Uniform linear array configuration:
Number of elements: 32
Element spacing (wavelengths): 0.75
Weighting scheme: hamming
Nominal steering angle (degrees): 45
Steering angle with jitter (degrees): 46.451
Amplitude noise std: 0.05
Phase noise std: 0.05

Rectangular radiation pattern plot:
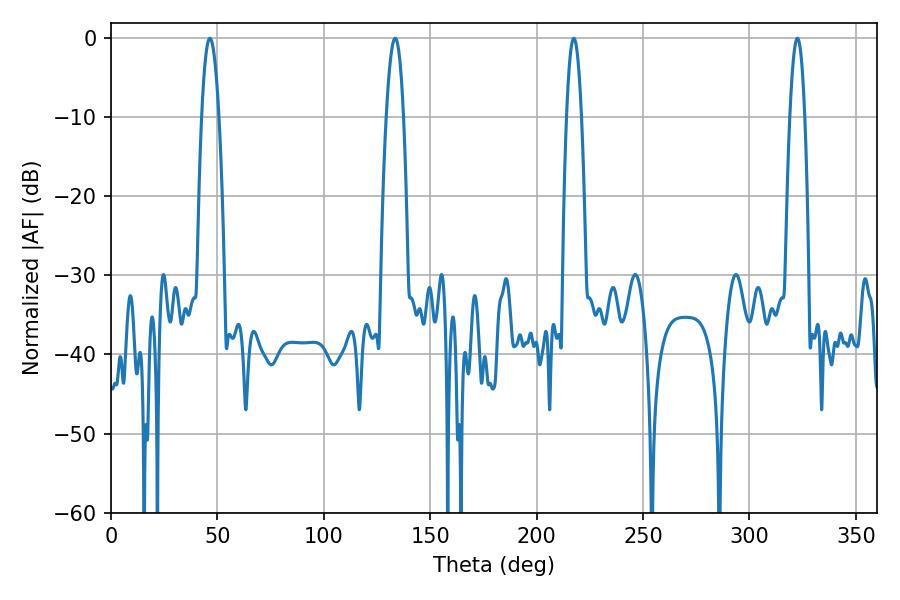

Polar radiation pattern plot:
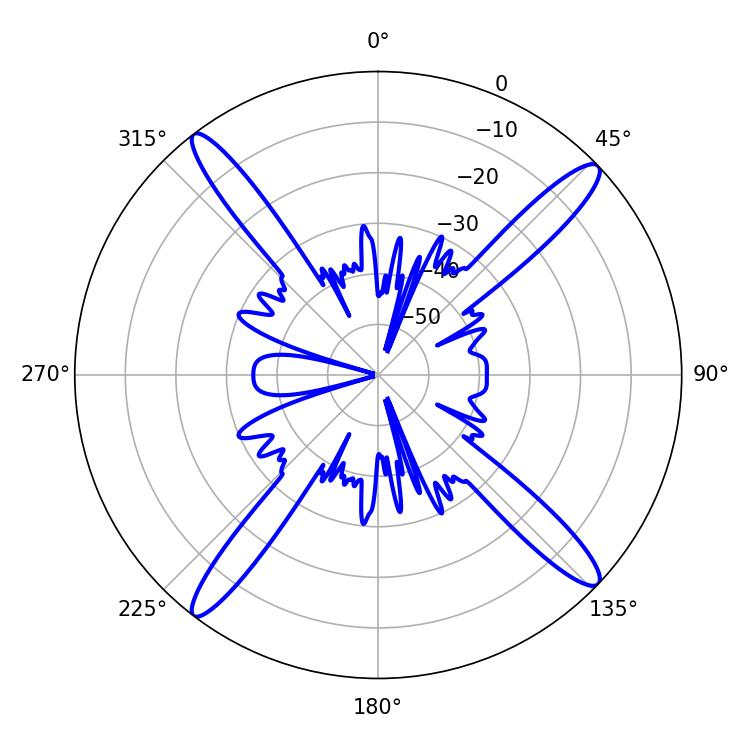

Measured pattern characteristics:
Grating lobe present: TRUE
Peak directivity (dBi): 17.788
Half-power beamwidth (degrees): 3.78
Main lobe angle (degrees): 322.56